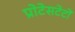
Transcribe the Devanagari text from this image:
प्रोटेसटेटों